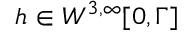
h \in W ^ { 3 , \infty } [ 0 , \Gamma ]